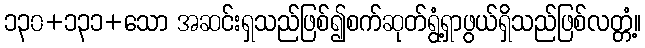
၁၃၀+၁၃၁+သော အဆင်းရှသည်ဖြစ်၍စက်ဆုတ်ရွံ့ရှာဖွယ်ရှိသည်ဖြစ်လတ္တံ့။